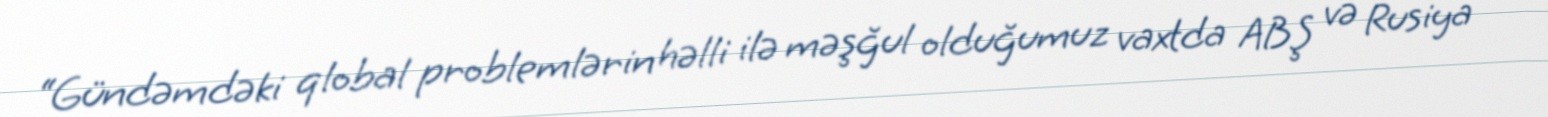
“Gündəmdəki qlobal problemlərin həlli ilə məşğul olduğumuz vaxtda ABŞ və Rusiya